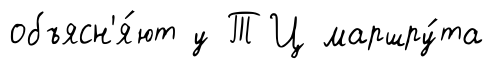
объясн'я́ют у ТЦ маршру́та